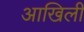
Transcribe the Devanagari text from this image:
आखिली